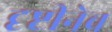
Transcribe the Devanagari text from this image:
दृष्टीनेच